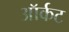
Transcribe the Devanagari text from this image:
ऑर्कट